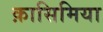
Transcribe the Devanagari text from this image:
क़ासिमिया